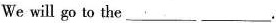
We will go to the___ ___.